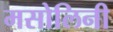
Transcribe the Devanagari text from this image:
मसोलिनी